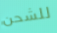
للشحن